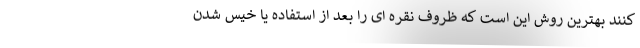
کنند بهترین روش این است که ظروف نقره ای را بعد از استفاده یا خیس شدن